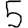
Digit: 5